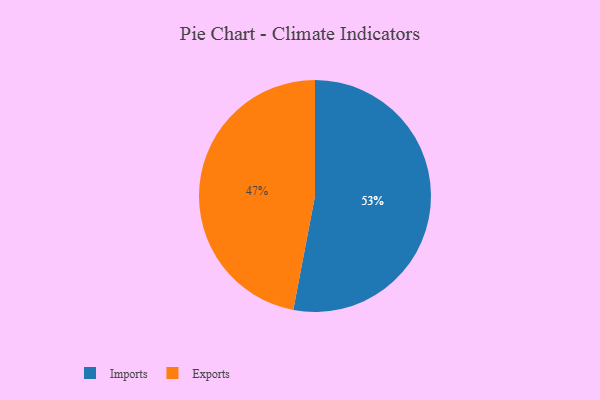
{"axis": {"x": "Category", "y": "Percentage"}, "legend": ["Exports", "Imports"], "data": [{"x": "Exports", "y": 47, "type": "Exports"}, {"x": "Imports", "y": 53, "type": "Imports"}]}